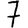
Digit: 7